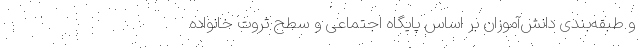
و طبقه‌بندی دانش‌آموزان بر اساس پایگاه اجتماعی و سطح ثروت خانواده